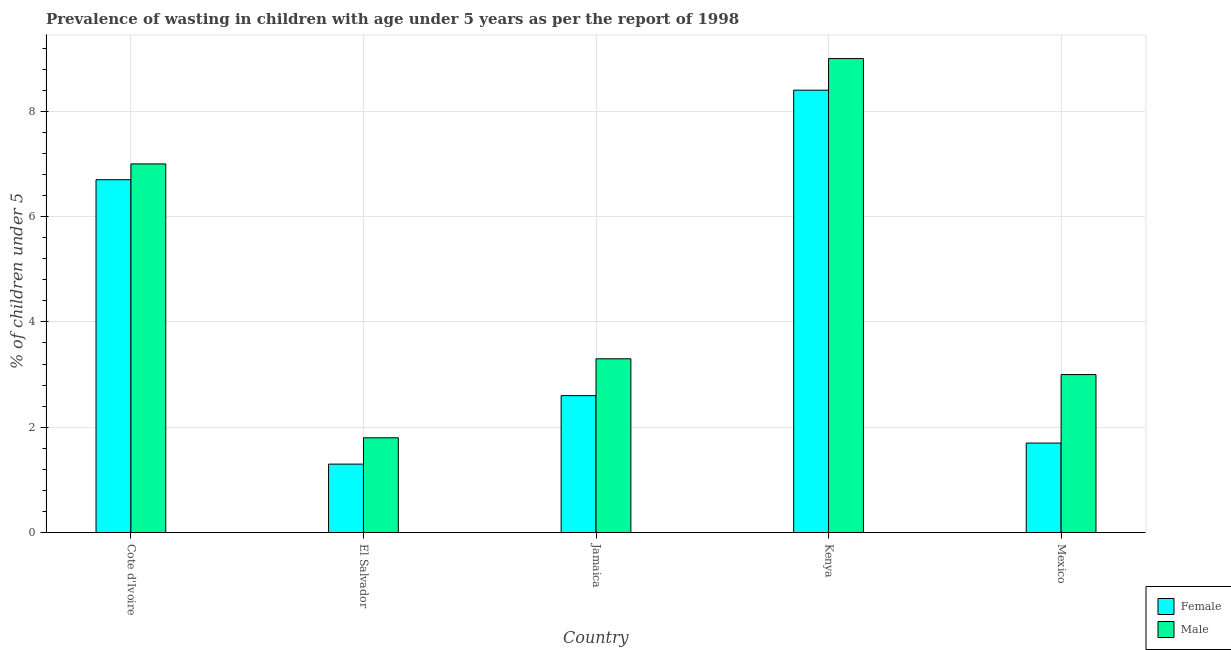
| Country | Female | Male |
 | --- | --- | --- |
 | Cote d'Ivoire | 6.7 | 7 |
 | El Salvador | 1.3 | 1.8 |
 | Jamaica | 2.6 | 3.3 |
 | Kenya | 8.4 | 9 |
 | Mexico | 1.7 | 3 |